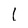
Character: 1